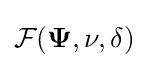
{\mathcal {F}}({\mathbf {\Psi } },\nu ,\delta )